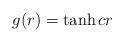
LaTeX: \begin{align*}g(r)=\tanh{cr}\end{align*}